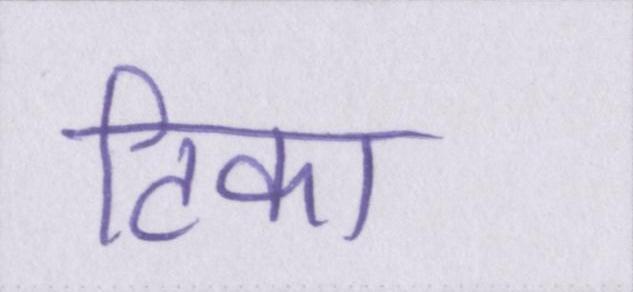
टिका